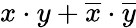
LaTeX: x\cdot y+{\overline{{x}}}\cdot{\overline{{y}}}